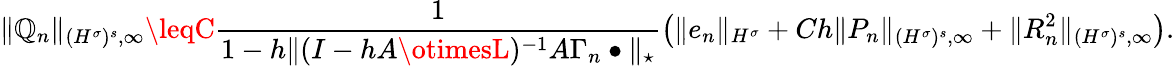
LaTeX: \| \mathbb{Q}_{n}\| _{{(H^{\sigma})^{s}},\infty}\leqC\frac{{1}}{{1-h\| (I-hA\otimesL)^{-1}A\Gamma_{n}\bullet\| _{\star}}}\left(\| e_{n}\| _{H^{\sigma}}+Ch\| P_{n}\| _{{(H^{\sigma})^{s}},\infty}+\| R_{n}^{2}\| _{{(H^{\sigma})^{s}},\infty}\right).